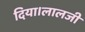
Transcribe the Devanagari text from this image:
दिया।लालजी